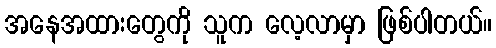
အနေအထားတွေကို သူက လေ့လာမှာ ဖြစ်ပါတယ်။